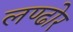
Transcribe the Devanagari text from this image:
लण्ढोर